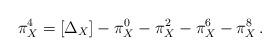
LaTeX: \begin{align*}\pi_X^4 = [\Delta_X] - \pi_X^0 - \pi_X^2 - \pi_X^6 - \pi_X^8\, .\end{align*}